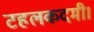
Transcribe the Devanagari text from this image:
टहलकदमी।